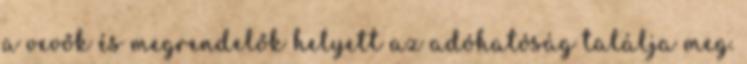
a vevők és megrendelők helyett az adóhatóság találja meg.